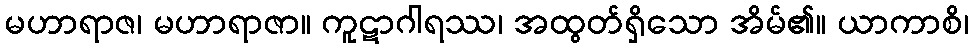
မဟာရာဇ၊ မဟာရာဇာ။ ကူဋာဂါရဿ၊ အထွတ်ရှိသော အိမ်၏။ ယာကာစိ၊